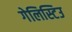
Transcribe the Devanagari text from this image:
गेलिस्टिउ